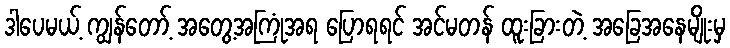
ဒါပေမယ့် ကျွန်တော့် အတွေ့အကြုံအရ ပြောရရင် အင်မတန် ထူးခြားတဲ့ အခြေအနေမျိုးမှ